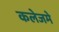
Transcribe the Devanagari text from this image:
कलेजमे